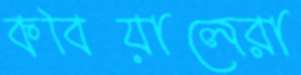
কবিয়ালেরা